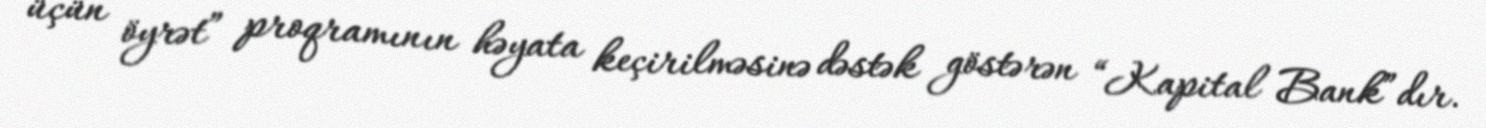
üçün öyrət” proqramının həyata keçirilməsinə dəstək göstərən “Kapital Bank”dır.